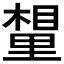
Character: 𮷮